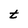
Character: t